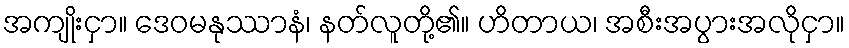
အကျိုးငှာ။ ဒေဝမနုဿာနံ၊ နတ်လူတို့၏။ ဟိတာယ၊ အစီးအပွားအလိုငှာ။